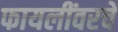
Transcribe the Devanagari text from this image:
फायलींवरचे